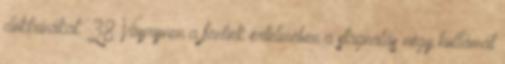
doktrínákat.”38 Väyrynen a föntiek értelmében a stagnálás négy hullámát